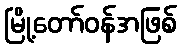
မြို့တော်ဝန်အဖြစ်